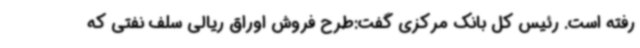
رفته است. رئیس کل بانک مرکزی گفت:طرح فروش اوراق ریالی سلف نفتی که